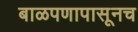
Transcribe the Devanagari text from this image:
बाळपणापासूनच